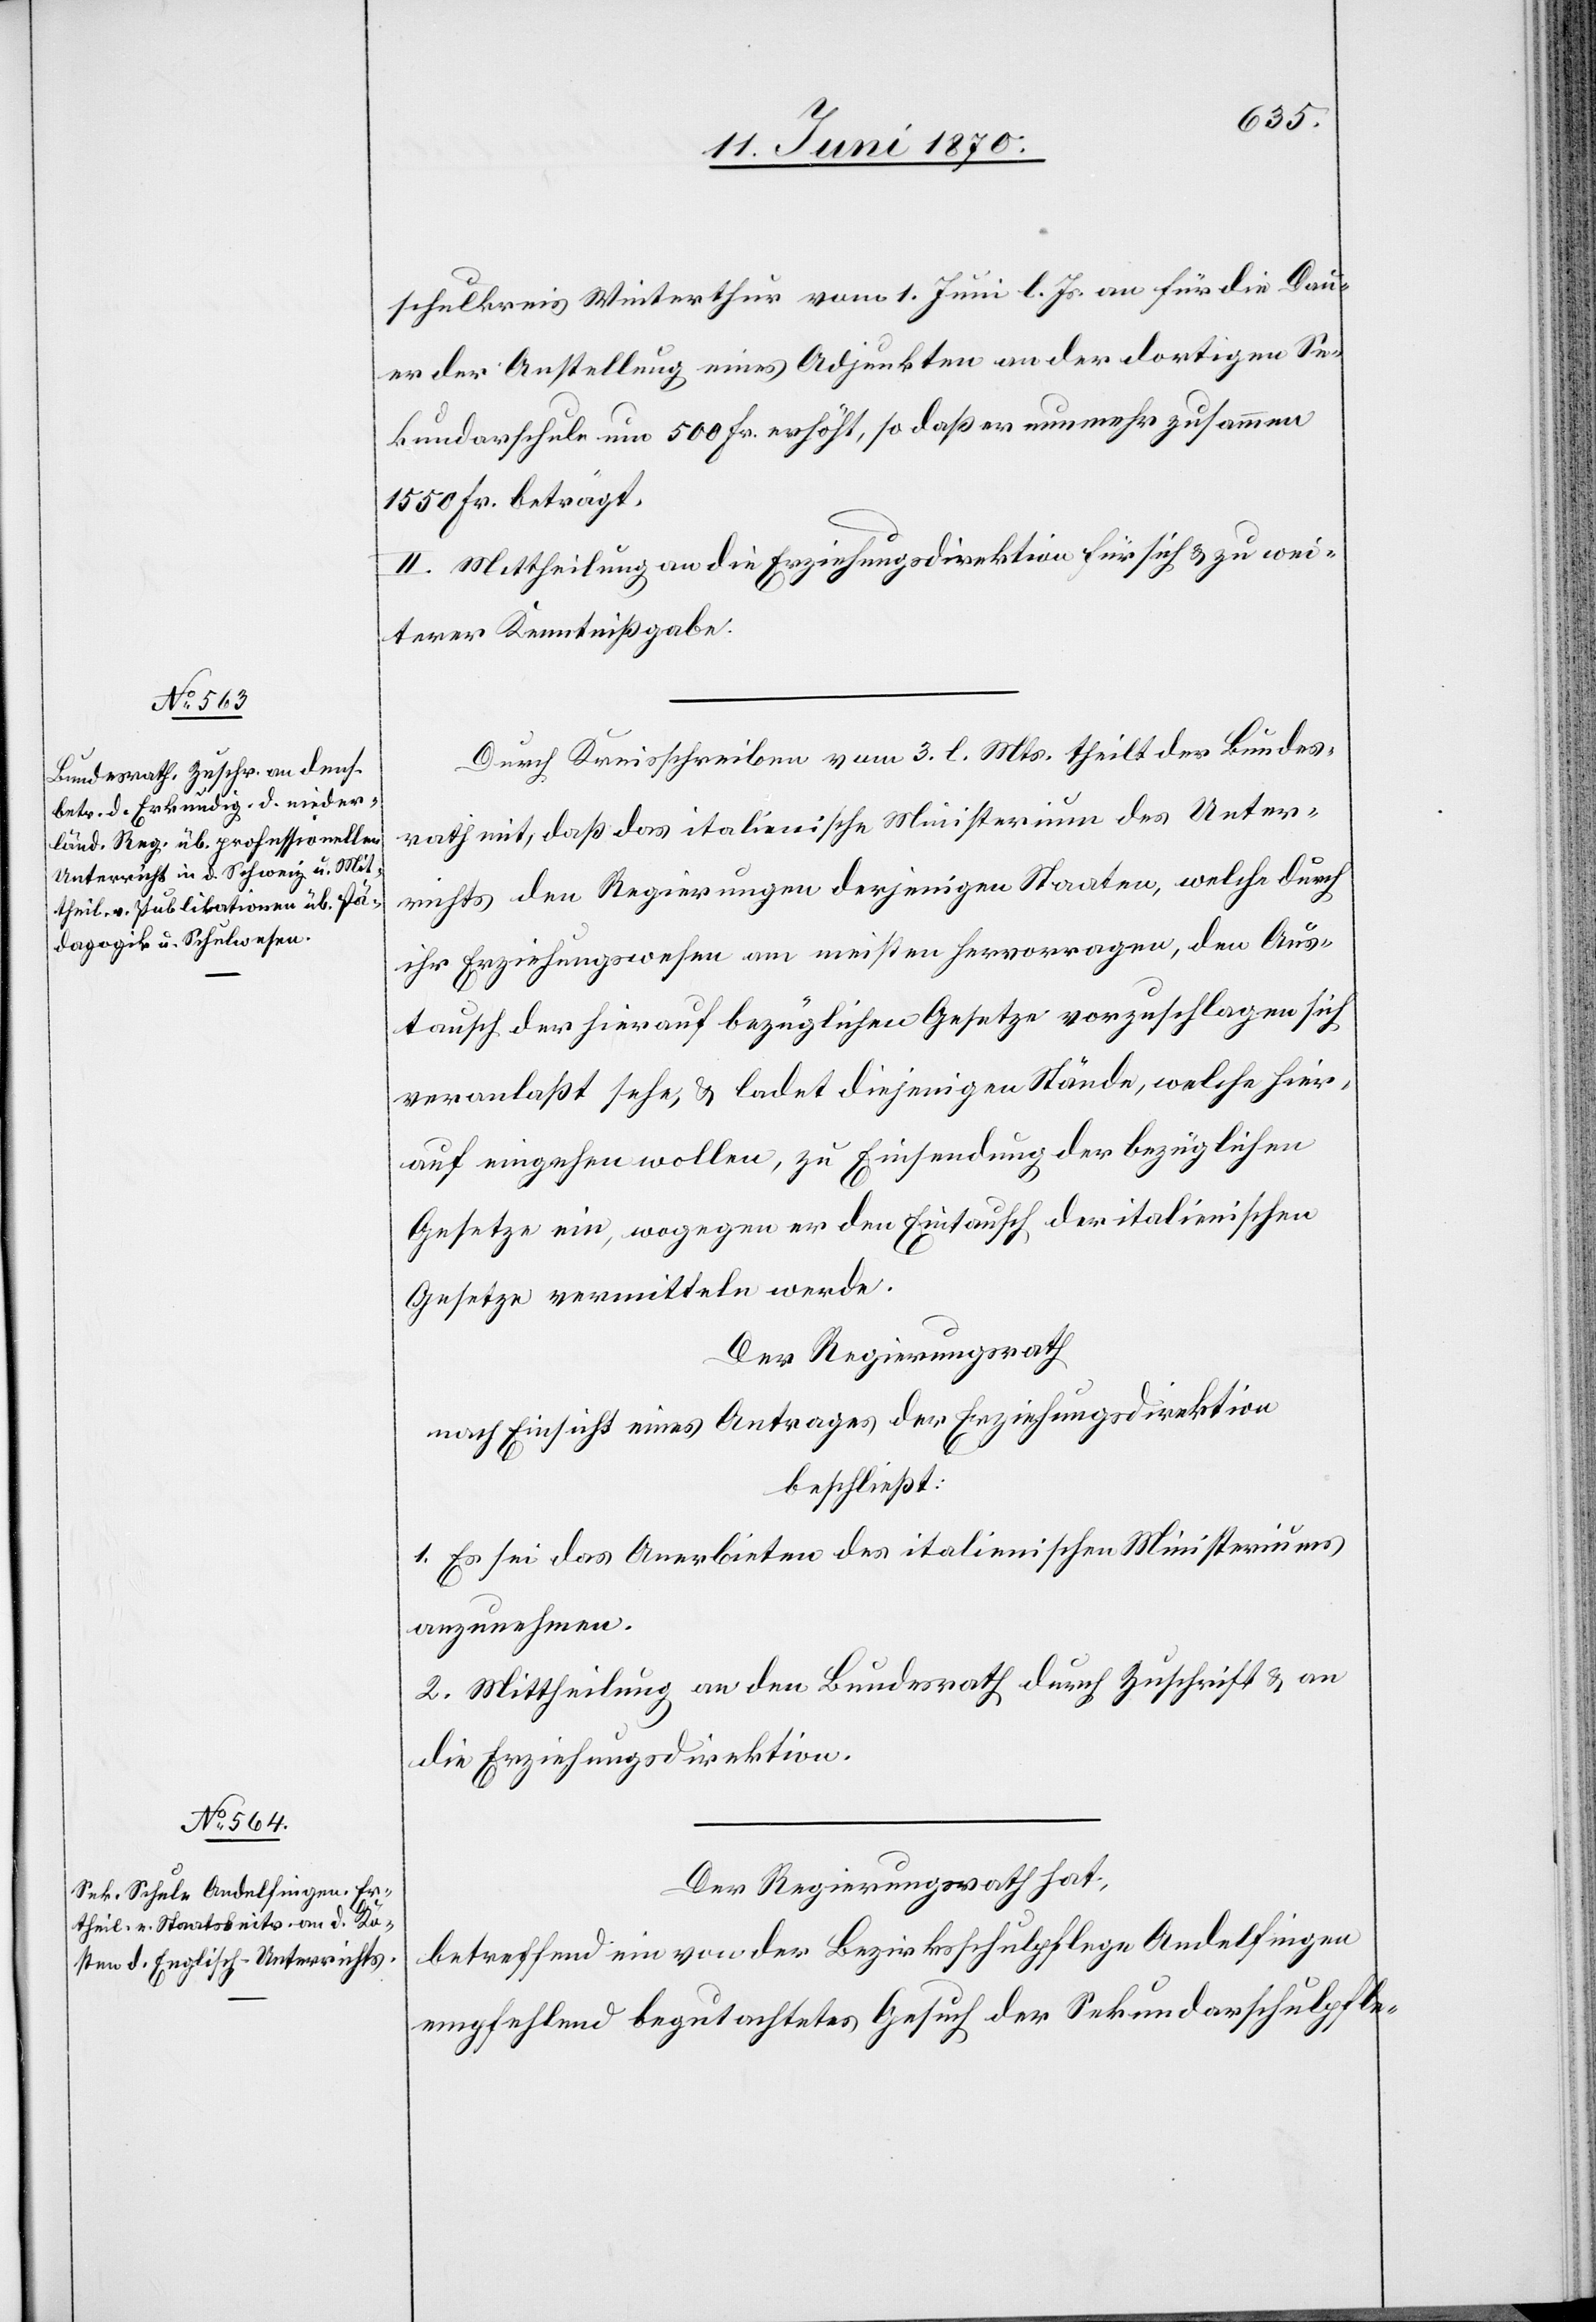
schulkreis Winterthur vom 1. Juni l. Js. an für die Dau¬
er der Anstellung eines Adjunkten an der dortigen Se¬
kundarschule um 500 Fr. erhöht, so daß er nunmehr zusammen
1550 Fr. beträgt.
II. Mittheilung an die Erziehungsdirektion für sich & zu wei¬
terer Kenntnißgabe.
Durch Kreisschreiben vom 3. l. Mts. theilt der Bundes¬
rath mit, daß das italienische Ministerium des Unter¬
richts den Regierungen derjenigen Staaten, welche durch
ihr Erziehungswesen am meisten hervorragen, den Aus¬
tausch der hierauf bezüglichen Gesetze vorzuschlagen sich
veranlaßt sehe, & ladet diejenigen Stände, welche hier¬
auf eingehen wollen, zu Einsendung der bezüglichen
Gesetze ein, wogegen er den Eintausch der italienischen
Gesetze vermitteln werde.
Der Regierungsrath
nach Einsicht eines Antrages der Erziehungsdirektion,
beschließt:
1. Es sei das Anerbieten des italienischen Ministeriums
anzunehmen.
2. Mittheilung an den Bundesrath durch Zuschrift & an
die Erziehungsdirektion.
Der Regierungsrath hat,
betreffend ein von der Bezirksschulpflege Andelfingen
empfehlend begutachtetes Gesuch der Sekundarschulpfle-